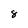
Character: 8